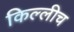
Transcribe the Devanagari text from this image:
किल्लीच